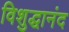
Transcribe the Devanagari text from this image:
विशुद्धानंद